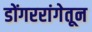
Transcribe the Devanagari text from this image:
डोंगररांगेतून